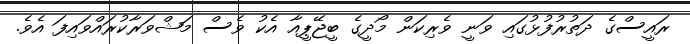
ރައީސްގެ ދަތުރުފުޅުގައި ވަނީ ވެރިކަން މޯދީގެ ބީޖޭޕީއާ އެކު ވެސް މަޝްވަރާކުރައްވައިފަ އެވެ.